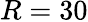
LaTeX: R=30